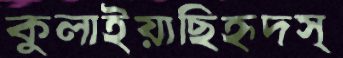
কুলাইয়াছিহৃদস্